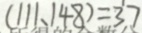
( 1 1 1 , 1 4 8 ) = 3 7